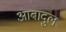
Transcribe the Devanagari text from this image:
आबादुल